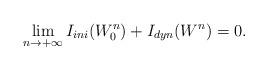
LaTeX: \begin{align*}\lim_{n\rightarrow+\infty}I_{ini}(W^n_0)+I_{dyn}(W^n)=0.\end{align*}